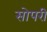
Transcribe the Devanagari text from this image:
सोपरी